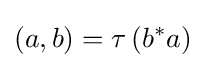
(a,b)=\tau \left(b^{*}a\right)